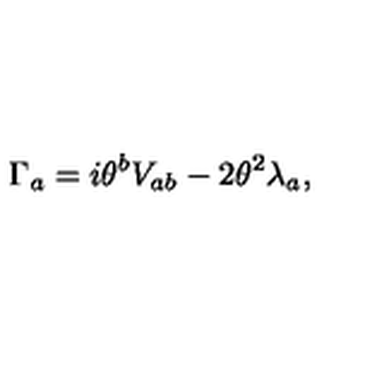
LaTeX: \Gamma _ { a } = i \theta ^ { b } V _ { a b } - 2 \theta ^ { 2 } \lambda _ { a } ,